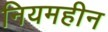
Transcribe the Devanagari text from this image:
नियमहीन